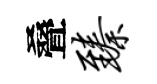
叠臻